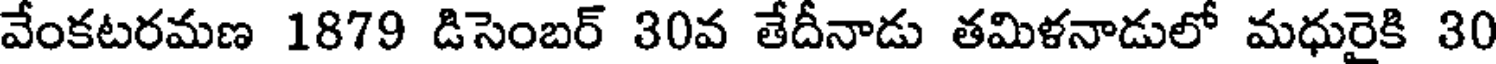
వేంకటరమణ 1879 డిసెంబర్ 30వ తేదీనాడు తమిళనాడులో మధురైకి 30